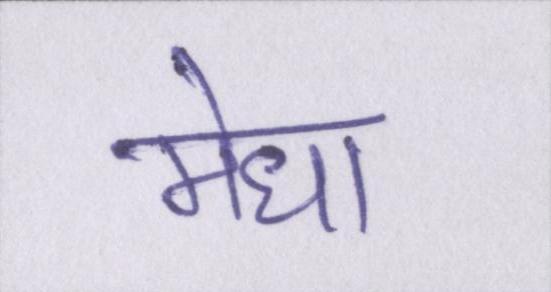
मेधा